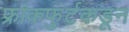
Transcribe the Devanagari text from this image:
फ्रांकफुर्टकडून